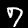
Label: 7